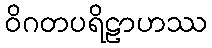
ဝိဂတပရိဠာဟဿ